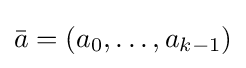
{\bar {a}}=(a_{0},\dots ,a_{k-1})